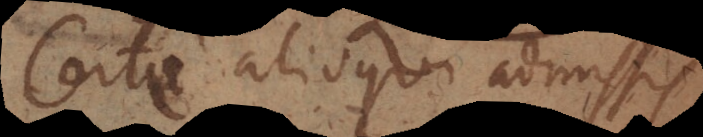
Certe alioqui admissis